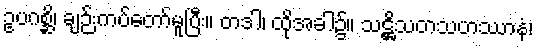
ဥပဂစ္ဆိ၊ ချဉ်းကပ်တော်မူပြီး။ တဒါ၊ ထိုအခါ၌။ သဋ္ဌိသတသဟဿာနံ၊